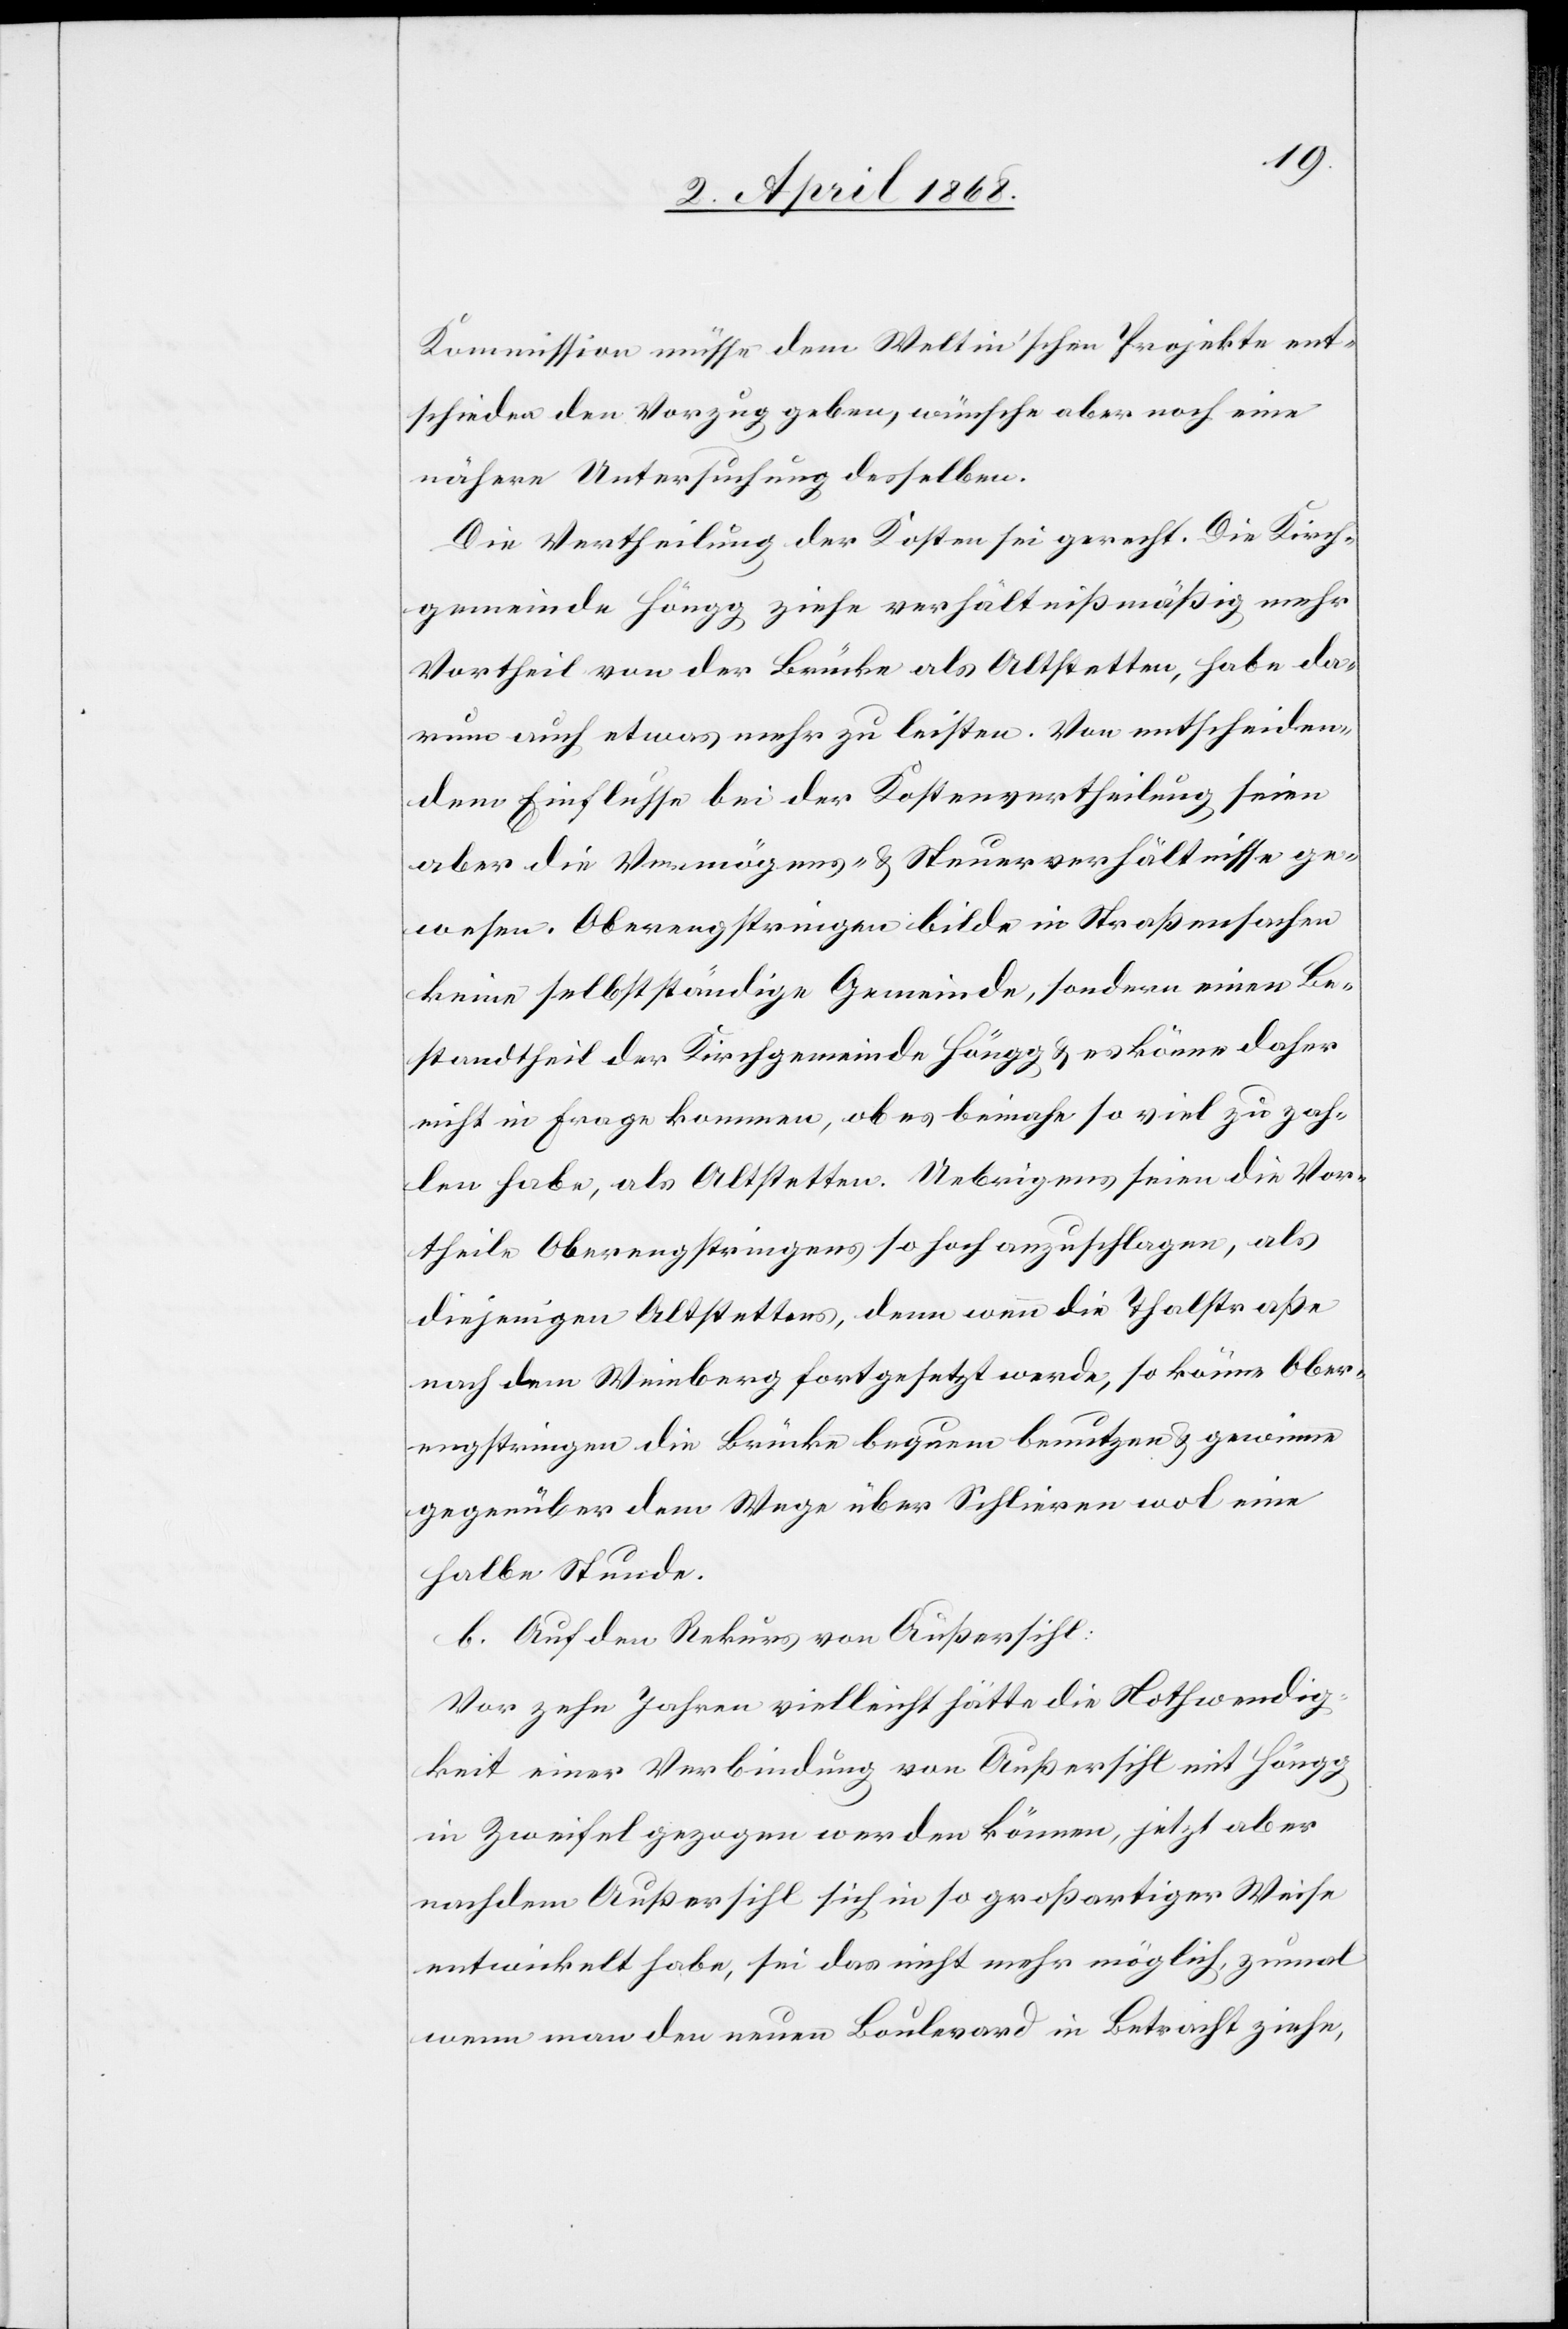
Kommission müsse dem Weltin’schen Projekte ent¬
schieden den Vorzug geben, wünsche aber noch eine
nähere Untersuchung desselben.
Die Vertheilung der Kosten sei gerecht. Die Kirch¬
gemeinde Höngg ziehe verhältnißmäßig mehr
Vortheil von der Brücke als Altstetten, habe da¬
rum auch etwas mehr zu leisten. Von entscheiden¬
dem Einflusse bei der Kostenvertheilung seien
aber die Vermögens- & Steuerverhältnisse ge¬
wesen. Oberengstringen bilde in Straßensachen
keine selbstständige Gemeinde, sondern einen Be¬
standtheil der Kirchgemeinde Höngg & es könne daher
nicht in Frage kommen, ob es beinahe so viel zu zah¬
len habe, als Altstetten. Uebrigens seien die Vor¬
theile Oberengstringens so hoch anzuschlagen, als
diejenigen Altstettens, denn wenn die Thalstraße
nach dem Weinberg fortgesetzt werde, so könne Ober¬
engstringen die Brücke bequem benutzen & gewinne
gegenüber dem Wege über Schlieren wol eine
halbe Stunde.
b. Auf den Rekurs von Außersihl:
Vor zehn Jahren vielleicht hätte die Nothwendig¬
keit einer Verbindung von Außersihl mit Höngg
in Zweifel gezogen werden können, jetzt aber
nachdem Außersihl sich in so großartiger Weise
entwickelt habe, sei das nicht mehr möglich, zumal
wenn man den neuen Boulevard in Betracht ziehe,